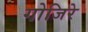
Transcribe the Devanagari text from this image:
गोजिरे